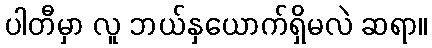
ပါတီမှာ လူ ဘယ်နှယောက်ရှိမလဲ ဆရာ။